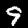
Label: 9